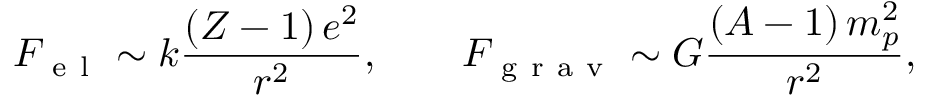
F _ { \mathrm { ~ e ~ l ~ } } \sim k \frac { ( Z - 1 ) \, e ^ { 2 } } { r ^ { 2 } } , \qquad F _ { \mathrm { ~ g ~ r ~ a ~ v ~ } } \sim G \frac { ( A - 1 ) \, m _ { p } ^ { 2 } } { r ^ { 2 } } ,